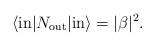
LaTeX: \begin{align*} \langle \mathrm{in}|N_\mathrm{out}|\mathrm{in}\rangle=|\beta|^2.\end{align*}